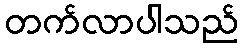
တက်လာပါသည်